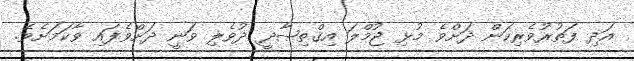
އަދި ފަތުރުވެރިކަން ދަށްވެ މުޅި ޖުމްލަ އިޤްތިޞާދީ ދުވެލި ވަނީ ދަށްވެފައި ވާކަމަށެވެ.